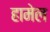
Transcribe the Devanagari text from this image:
हामेल